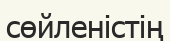
сөйленістің